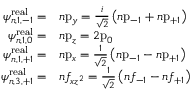
{ \begin{array} { r l } { \psi _ { n , 1 , - 1 } ^ { \mathrm { r e a l } } = } & { n { \mathrm { p } } _ { y } = { \frac { i } { \sqrt { 2 } } } \left( n { \mathrm { p } } _ { - 1 } + n { \mathrm { p } } _ { + 1 } \right) } \\ { \psi _ { n , 1 , 0 } ^ { \mathrm { r e a l } } = } & { n { \mathrm { p } } _ { z } = 2 { \mathrm { p } } _ { 0 } } \\ { \psi _ { n , 1 , + 1 } ^ { \mathrm { r e a l } } = } & { n { \mathrm { p } } _ { x } = { \frac { 1 } { \sqrt { 2 } } } \left( n { \mathrm { p } } _ { - 1 } - n { \mathrm { p } } _ { + 1 } \right) } \\ { \psi _ { n , 3 , + 1 } ^ { \mathrm { r e a l } } = } & { n f _ { x z ^ { 2 } } = { \frac { 1 } { \sqrt { 2 } } } \left( n f _ { - 1 } - n f _ { + 1 } \right) } \end{array} }